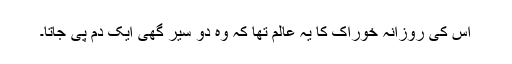
اس کی روزانہ خوراک کا یہ عالم تھا کہ وہ دو سیر گھی ایک دم پی جاتا۔